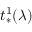
t _ { * } ^ { 1 } ( \lambda )